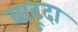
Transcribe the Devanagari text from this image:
बाटूदा